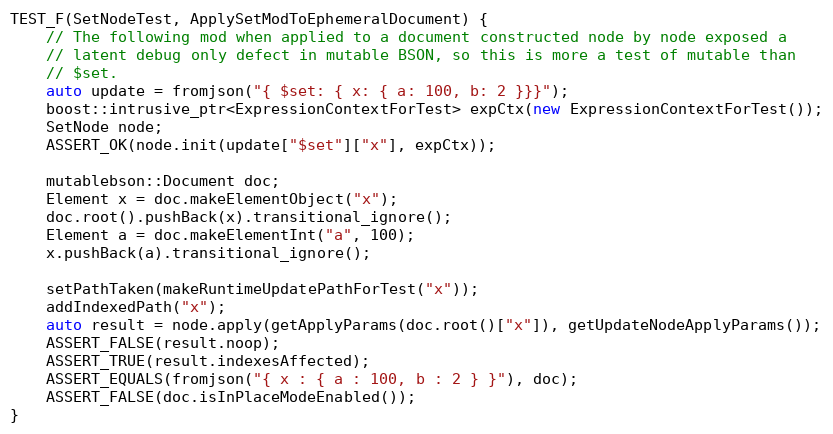
Language: C++
TEST_F(SetNodeTest, ApplySetModToEphemeralDocument) {
    // The following mod when applied to a document constructed node by node exposed a
    // latent debug only defect in mutable BSON, so this is more a test of mutable than
    // $set.
    auto update = fromjson("{ $set: { x: { a: 100, b: 2 }}}");
    boost::intrusive_ptr<ExpressionContextForTest> expCtx(new ExpressionContextForTest());
    SetNode node;
    ASSERT_OK(node.init(update["$set"]["x"], expCtx));

    mutablebson::Document doc;
    Element x = doc.makeElementObject("x");
    doc.root().pushBack(x).transitional_ignore();
    Element a = doc.makeElementInt("a", 100);
    x.pushBack(a).transitional_ignore();

    setPathTaken(makeRuntimeUpdatePathForTest("x"));
    addIndexedPath("x");
    auto result = node.apply(getApplyParams(doc.root()["x"]), getUpdateNodeApplyParams());
    ASSERT_FALSE(result.noop);
    ASSERT_TRUE(result.indexesAffected);
    ASSERT_EQUALS(fromjson("{ x : { a : 100, b : 2 } }"), doc);
    ASSERT_FALSE(doc.isInPlaceModeEnabled());
}